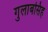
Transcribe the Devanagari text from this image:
गुलाबसिह